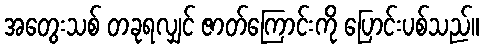
အတွေးသစ် တခုရလျှင် ဇာတ်ကြောင်းကို ပြောင်းပစ်သည်။